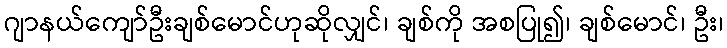
ဂျာနယ်ကျော်ဦးချစ်မောင်ဟုဆိုလျှင်၊ ချစ်ကို အစပြု၍၊ ချစ်မောင်၊ ဦး၊